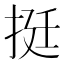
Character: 挺